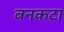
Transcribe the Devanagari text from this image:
बनकटा